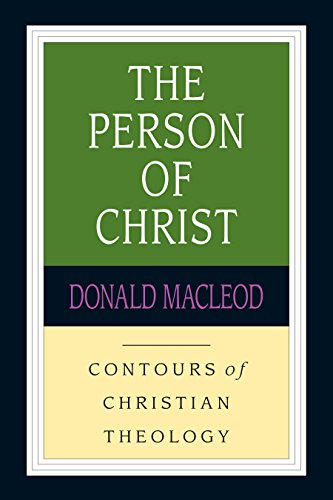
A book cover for The Person of Christ (Contours of Christian Theology); Donald Macleod; Christian Books & Bibles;